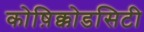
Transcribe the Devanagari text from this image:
कोष़िक्कोडसिटी